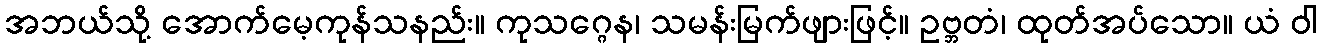
အဘယ်သို့ အောက်မေ့ကုန်သနည်း။ ကုသဂ္ဂေန၊ သမန်းမြက်ဖျားဖြင့်။ ဥဗ္ဘတံ၊ ထုတ်အပ်သော။ ယံ ဝါ